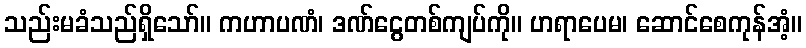
သည်းမခံသည်ရှိသော်။ ကဟာပဏံ၊ ဒဏ်ငွေတစ်ကျပ်ကို။ ဟရာပေမ၊ ဆောင်စေကုန်အံ့။